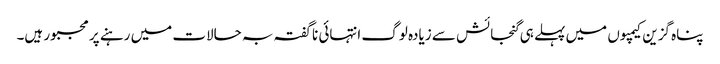
پناہ گزین کیمپوں میں پہلے ہی گنجائش سے زیادہ لوگ انتہائی ناگفتہ بہ حالات میں رہنے پر مجبور ہیں۔